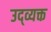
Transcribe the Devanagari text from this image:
उद्व्यक्त